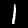
Label: 1